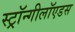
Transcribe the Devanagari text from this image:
स्ट्रॉन्गीलॉएडस